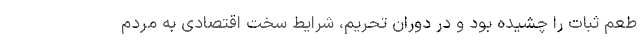
طعم ثبات را چشیده بود و در دوران تحریم، شرایط سخت اقتصادی به مردم